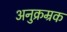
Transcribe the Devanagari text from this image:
अनुक्रम्रक